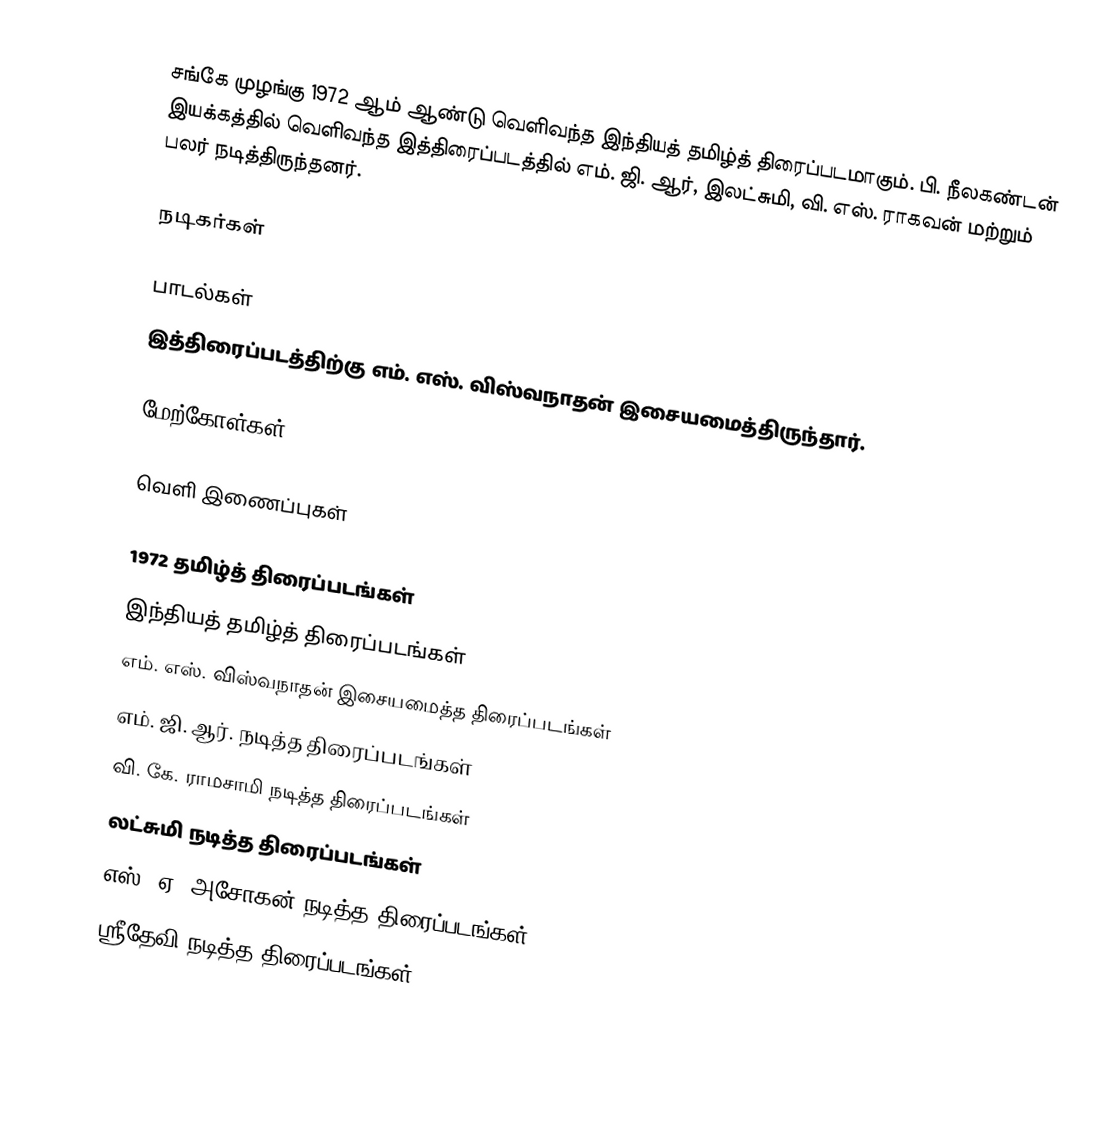
சங்கே முழங்கு 1972 ஆம் ஆண்டு வெளிவந்த இந்தியத் தமிழ்த் திரைப்படமாகும். பி. நீலகண்டன் இயக்கத்தில் வெளிவந்த இத்திரைப்படத்தில் எம். ஜி. ஆர், இலட்சுமி, வி. எஸ். ராகவன்  மற்றும் பலர் நடித்திருந்தனர்.

நடிகர்கள்

பாடல்கள்
இத்திரைப்படத்திற்கு எம். எஸ். விஸ்வநாதன் இசையமைத்திருந்தார்.

மேற்கோள்கள்

வெளி இணைப்புகள்

1972 தமிழ்த் திரைப்படங்கள்
இந்தியத் தமிழ்த் திரைப்படங்கள்
எம். எஸ். விஸ்வநாதன் இசையமைத்த திரைப்படங்கள்
எம். ஜி. ஆர். நடித்த திரைப்படங்கள்
வி. கே. ராமசாமி நடித்த திரைப்படங்கள்
லட்சுமி நடித்த திரைப்படங்கள்
எஸ். ஏ. அசோகன் நடித்த திரைப்படங்கள்
ஸ்ரீதேவி நடித்த திரைப்படங்கள்